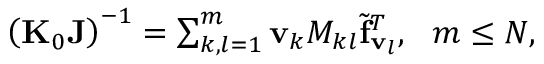
\begin{array} { r } { \left( { \bf K } _ { 0 } { \bf J } \right) ^ { - 1 } = \sum _ { k , l = 1 } ^ { m } { \bf v } _ { k } { M _ { k l } } { \widetilde { \bf f } _ { { \bf v } _ { l } } } ^ { T } , ~ ~ m \le N , } \end{array}